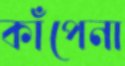
কাঁপেনা